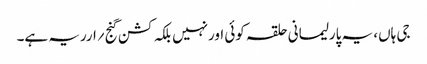
جی ہاں، یہ پارلیمانی حلقہ کوئی اورنہیں بلکہ کشن گنج ؍ارریہ ہے۔